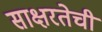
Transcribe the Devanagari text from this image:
साक्षरतेची